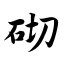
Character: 砌